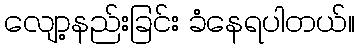
လျော့နည်းခြင်း ခံနေရပါတယ်။